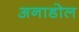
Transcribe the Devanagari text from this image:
अनाडोल